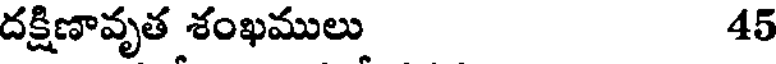
దక్షిణావృత శంఖములు 45